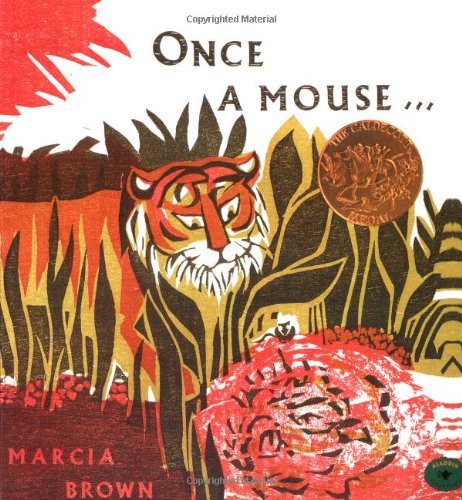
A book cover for Once a Mouse...; Marcia Brown; Children's Books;